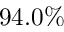
9 4 . 0 \%